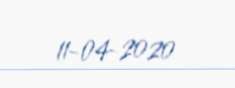
11-04-2020